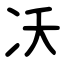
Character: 㓇